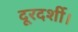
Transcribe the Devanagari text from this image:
दूरदर्शी।